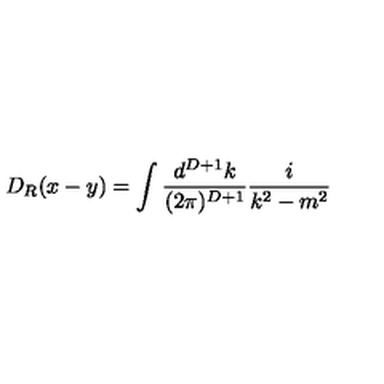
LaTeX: D _ { R } ( x - y ) = \int \frac { d ^ { D + 1 } k } { ( 2 \pi ) ^ { D + 1 } } \frac { i } { k ^ { 2 } - m ^ { 2 } }